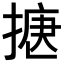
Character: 𢱅